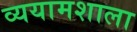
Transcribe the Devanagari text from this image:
व्ययामशाला